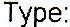
TYPE: